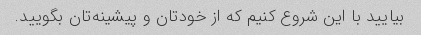
بیایید با این شروع کنیم که از خودتان و پیشینه‌تان بگویید.